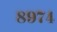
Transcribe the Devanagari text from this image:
८९७४